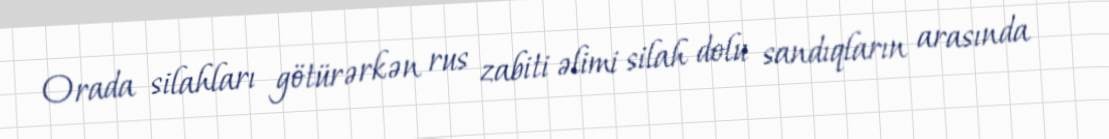
Orada silahları götürərkən rus zabiti əlimi silah dolu sandıqların arasında